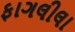
ફાગલીલા